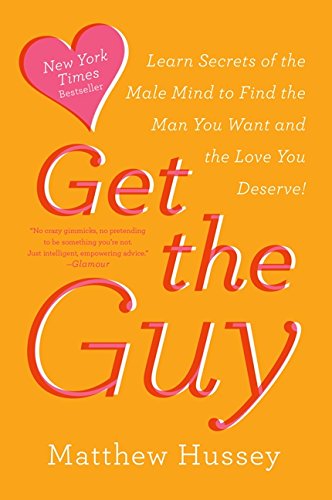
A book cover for Get the Guy: Learn Secrets of the Male Mind to Find the Man You Want and the Love You Deserve; Matthew Hussey; Self-Help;